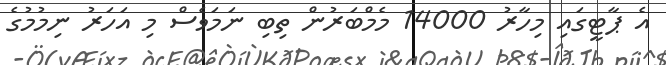
އެ ޕާޓީގައި މިހާރު 14000 މެމްބަރުން ތިބި ނަމަވެސް މި އަހަރު ނިމުމުގެ